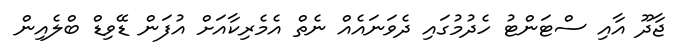
ޖާދޫ އާއި ސްޓަންޓު ހެދުމުގައި ދެވަނައެއް ނެތް އެމެރިކާއަށް އުފަން ޑޭވިޑް ބްލެއިން